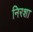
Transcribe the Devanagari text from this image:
निरशा